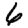
Digit: 6